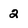
Character: 2